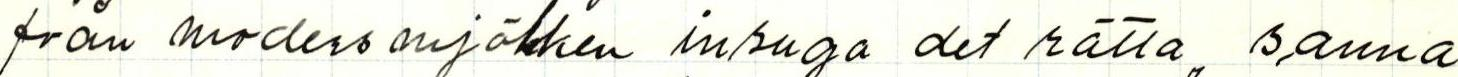
från moders mjölken in suga det rätta, sanna